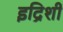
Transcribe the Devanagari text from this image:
इद्रिशी